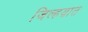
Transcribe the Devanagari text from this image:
जिल्हय़ात